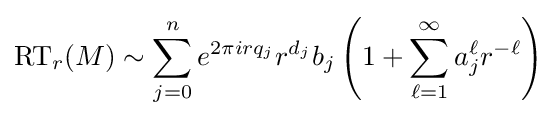
\operatorname {RT} _{r}(M)\sim \sum _{j=0}^{n}e^{2\pi irq_{j}}r^{d_{j}}b_{j}\left(1+\sum _{\ell =1}^{\infty }a_{j}^{\ell }r^{-\ell }\right)